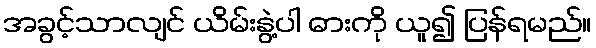
အခွင့်သာလျင် ယိမ်းနွဲ့ပါ ဓားကို ယူ၍ ပြန်ရမည်။